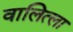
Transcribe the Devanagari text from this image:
वालित्ला